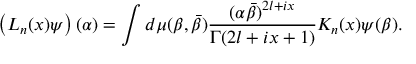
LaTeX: \left( { \cal L } _ { n } ( x ) \psi \right) ( \alpha ) = \int d \mu ( \beta , \bar { \beta } ) \frac { ( \alpha \bar { \beta } ) ^ { 2 l + i x } } { \Gamma ( 2 l + i x + 1 ) } K _ { n } ( x ) \psi ( \beta ) .